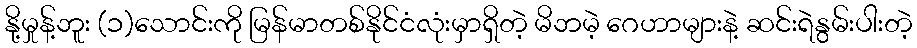
နို့မှုန့်ဘူး (၁)သောင်းကို မြန်မာတစ်နိုင်ငံလုံးမှာရှိတဲ့ မိဘမဲ့ ဂေဟာများနဲ့ ဆင်းရဲနွမ်းပါးတဲ့